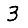
Digit: 3